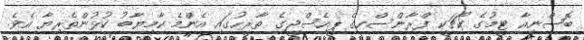
ބޮސްނިއާ ޓީމުގެ ކޯޗަކީ ފްރާންސްހގެ ޕީއެސްޖީގެ ތާރީހުގައި އެންމެ ކާމިޔާބު ކުޅުންތެރިޔާ އެވެ.